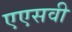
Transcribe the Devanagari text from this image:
एएसवी